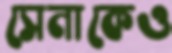
সেনাকেও